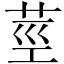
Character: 莖